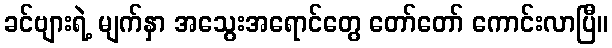
ခင်ဗျားရဲ့ မျက်နှာ အသွေးအရောင်တွေ တော်တော် ကောင်းလာပြီ။